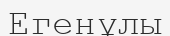
Егенұлы